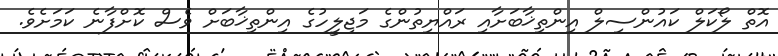
އޮތް ލޯކަލް ކައުންސިލް އިންތިޚާބަށާއި ރައްޔިތުންގެ މަޖިލީހުގެ އިންތިޚާބަށް ވެސް ކޮށްފާނެ ކަމަށެވެ.